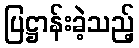
ပြဋ္ဌာန်းခဲ့သည့်